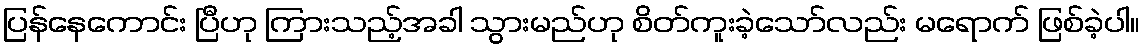
ပြန်နေကောင်း ပြီဟု ကြားသည့်အခါ သွားမည်ဟု စိတ်ကူးခဲ့သော်လည်း မရောက် ဖြစ်ခဲ့ပါ။